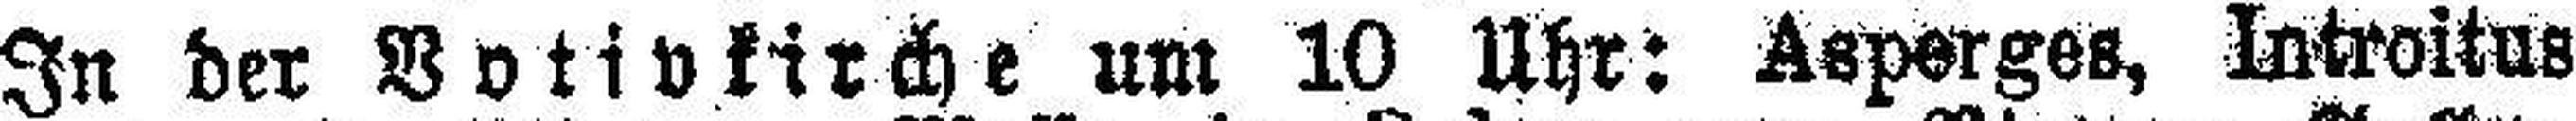
In der Votivkirche um 10 Uhr: Asperges, Introitus